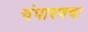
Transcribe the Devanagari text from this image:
चंपारणचा